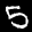
Label: 5